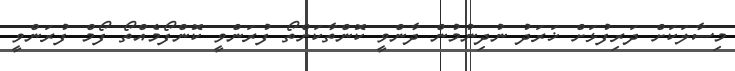
މިސާލަކަށް ދަރިފުޅަށް ޚަރަދު ނުދިނުމުން ދާންވީ ކޮންތާކަށްތޯ ފުރަންވީ ކޮންފޯމެއްތޯ ފޯމް ފުރަންވީ